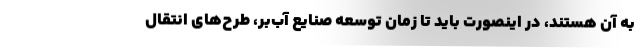
به آن هستند، در اینصورت باید تا زمان توسعه صنایع آب‌بر، طرح‌های انتقال